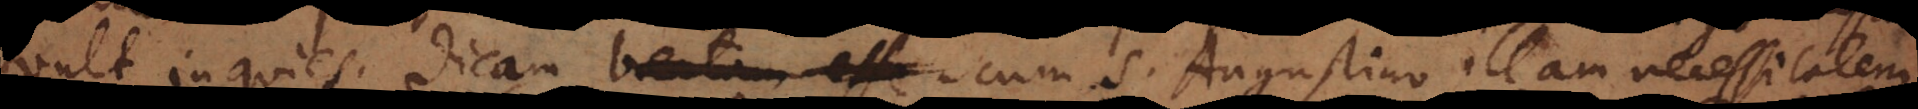
vult inquies. Dicam cum S. Augustino illam necessitatem